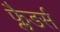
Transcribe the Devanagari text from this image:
फ्लैडर्स